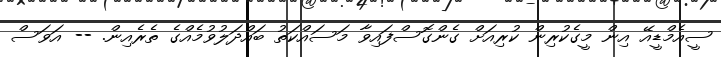
ސީއެމްޑީއޭ އިން މީގެކުރިން ކުރިއަށް ގެންގޮސްފައިވާ މަސައްކަތު ބައްދަލުވުމެއްގެ ތެރެއިން. -- އަވަސް